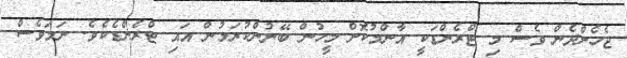
ޖެހެންދެން ވެސް މި ޓްރެންޑަކީ އާންމުކޮށް މީހުން ބޭނުންކުރަމުން އައި ޓްރެންޑެކެވެ. ނަމަވެސް